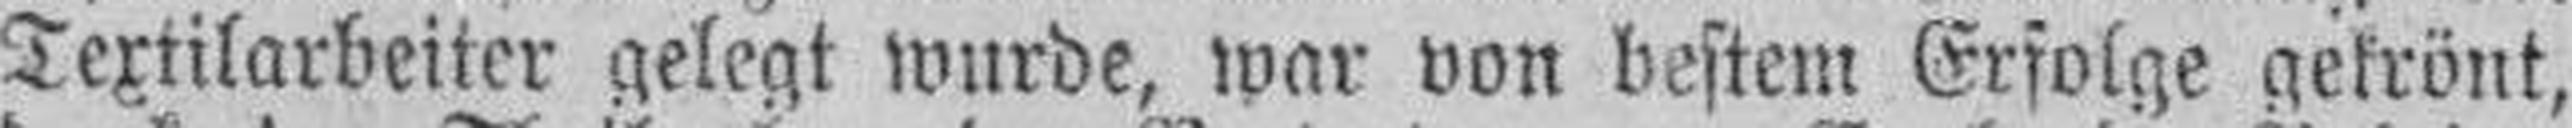
Textilarbeiter gelegt wurde, war von bestem Erfolge gekrönt,